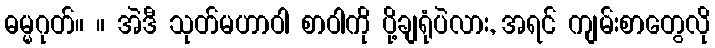
ဓမ္မဂုတ်။ ။ အဲဒီ သုတ်မဟာဝါ စာဝါကို ပို့ချရုံပဲလား, အရင် ကျမ်းစာတွေလို